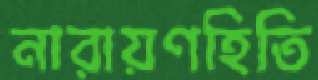
নারায়ণহিতি